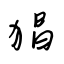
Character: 猖